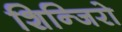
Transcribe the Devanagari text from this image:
शिन्जिरो